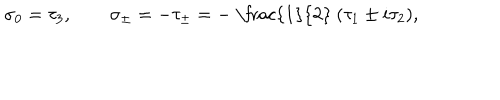
\sigma _ { 0 } = \tau _ { 3 } , \qquad \sigma _ { \pm } = - \tau _ { \pm } = - \mathrm { ~ \frac { 1 } { 2 } ~ } ( \tau _ { 1 } \pm i \tau _ { 2 } ) ,